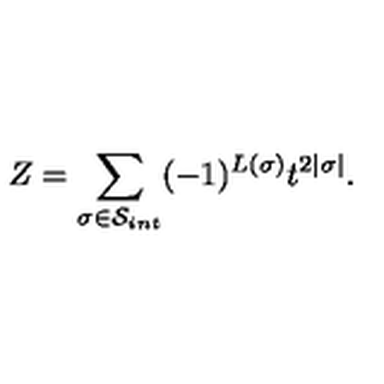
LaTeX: Z = \sum _ { \sigma \in { \cal S } _ { i n t } } ( - 1 ) ^ { L ( \sigma ) } t ^ { 2 | \sigma | } .